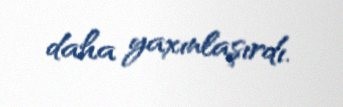
daha yaxınlaşırdı.